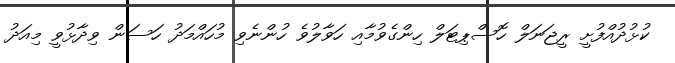
ކުޅުދުއްފުށީ ރީޖަނަލް ހޮސްޕިޓަލް ހިންގެވުމާއި ހަވާލުވެ ހުންނެވި މުހައްމަދު ހަސަން ވިދާޅުވީ މިއަދު